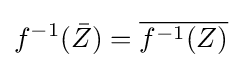
f^{-1}({\bar {Z}})={\overline {f^{-1}(Z)}}